Report on sanitation, dispensaries, and jails in Rajputana for 1918, and on vaccination for the year 1918-1919 - 1918-1919
Year: 1918
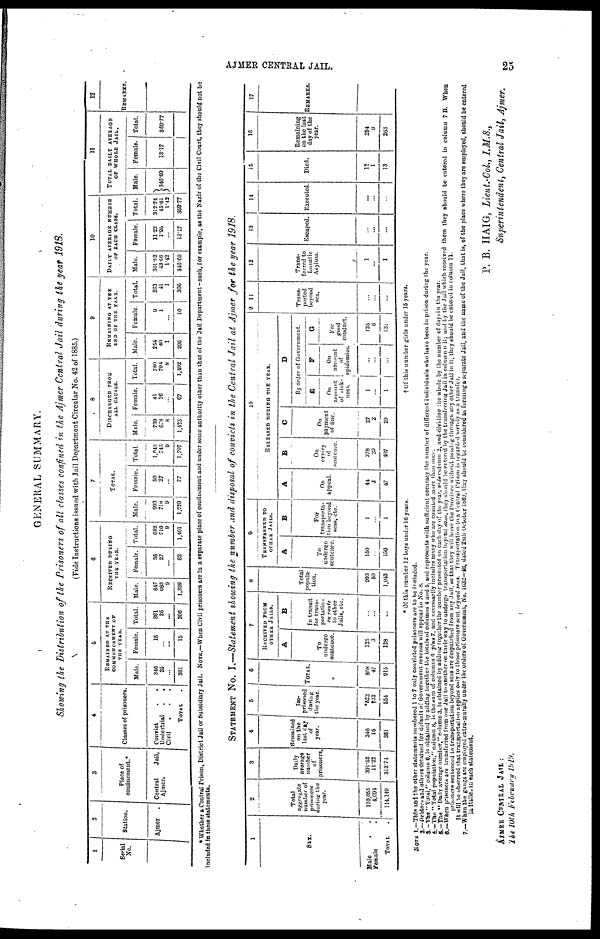
AJMER CENTRAL JAIL.
25
GENERAL SUMMARY.
Showing the Distribution of the Prisoners of all classes confined in the Ajmer Central Jail during the year 1918.
(Vide Instructions issued with Jail Department Circular No. 42 of 1885.)
1
Serial
No.
2
Station.
Ajmer .
3
Place of
confinement.*
Central
Jail,
Ajmer.
4
Classes of prisoners.
Convict
..
Undertrial
..
Civil ...
TOTAL .
5
REMAINED AT THE
COMMENCEMENT OF
THE YEAR.
Male.
346
35
...
381
Female.
15
... ...
15
Total.
361
35
...
396
6
RECEIVED DURING
THE YEAR.
Male.
647
683
9
1,339
Female.
35
27
...
62
Total.
682
710
9
1,401
7
TOTAL.
Male.
993
718
9
1,720
Female.
50
27
...
77
Total.
1,043
745
9
1,797
8
DISCHARGED FROM
ALL CAUSES.
Male.
739
678
8
1,425
Female.
41
26
...
67
Total.
780
704
8
1,492
9
REMAINING AT THE
END OF THE YEAR.
Male.
254
40
1
295
Female.
9
1
...
10
Total.
263
41
1
305
10
DAILY AVERAGE NUMBER
OF EACH CLASS.
Male.
301.52
43.66
1.42
346.60
Female.
11.22
1.95
...
13.17
Total.
312.74
45.61
1.42
359.77
11
TOTAL DAILY AVERAGE
OF WHOLE JAIL.
Male.
346.60
Female.
13.17
Total.
359.77
12
REMARKS.
* Whether a Central Prison, District Jail or Subsidiary Jail. NOTE.—When Civil prisoners are in a separate place of confinement and under some authority other than that of the Jail Department-such, for example, as the Nazir of the Civil Court, they should not be
included in these statements.
STATEMENT No. I.—Statement showing the number and disposal of convicts in the Central Jail at Ajmer for the year 1918.
1
SEX.
Male ..
Female
.
TOTAL .
2
Total
aggregate
number of
prisoners
during the
year.
110,055
4,094
114,149
3
Daily
average
number
of
prisoners.
301.52
11.22
312.74
4
Remained
on the
last day
of
year.
346
15
361
5
Im¬
prisoned
during
the year.
*522
†32
554
6
TOTAL.
868
47
915
7
RECEIVED FROM
OTHER JAILS.
A
To
undergo
sentence.
125
3
128
B
In transit
for trans-
portation
en route
to other
Jails, etc.
...
...
...
8
Total
popula-
tion.
993
50
1,043
9
TRANSFERRED TO
OTHER JAILS.
A
To
undergo
sentence.
150
...
150
B
For
transporta¬
tion beyond
seas, etc.
1
...
1
10
RELEASED DURING THE YEAR.
A
On
appeal.
44
3
47
B
On
expiry
of
sentence.
378
29
407
C
On
payment
of fine.
27
2
29
D
By order of Government.
E
On
account
of sick-
ness.
1
...
1
F
On
account
of
epidemics.
...
...
...
G
For
good
conduct.
125
6
131
11
Trans-
ported
beyond
sea.
...
...
...
12
Trans-
ferred to
Lunatic
Asylum.
1
...
1
13
Escaped.
...
...
...
14
Executed.
...
...
...
15
Died.
12
1
13
16
Remaining
on the last
day of the
year.
254
9
263
17
REMARKS.
* Of this number 12 boys under 16 years.
† Of this number girls under 15 years.
NOTE 1.—This and the other statements numbered 1 to 7 only convicted prisoners are to be included.
2.— Debtors and others detained for default of Government revenue will appear in No. 8.
3. —The " Total," column 6, is obtained by adding together the totals of Columns 4 and 5, and represents with sufficient accuracy the number of different individuals who have been in prison during the year.
4.—The "Total population," column 8, is the sum of columns 6 plus 7, and necessarily includes many who are counted more than once.
5.—The " Daily average number," column 3. is obtained by adding together the number presented on each day of the year, vide column 2, and dividing the whole by the number of days in the year.
6.—When prisoners are transferred from one Jail to another on their way to undergo transportation beyond seas, they should be entered by the transferring Jail in column 6 B; and by the Jail which received them they should be entered in column 7 B. When
prisoners sentenced to transportation beyond seas are despatched from any Jail, so that they will leave the Province without passing through any other Jail in it, they should be entered in column 11.
It will be observed that transportation applies only to those prisoners sent beyond seas. Transportation to a General Prison is regarded merely as a transfer.
7.—When the gangs arc employed extra-murally under the orders of Government, No. 1632— 46, dated 28th October 18639, they should be considered as forming a separate Jail, and the name of the Jail, that is, of the place where they are employed, should be entered
in italic in each statement.
P. B. HAIG, Lieut.-Col., I.M.S.,
Superintendent, Central Jail, Ajmer.
AJMER CENTRAL JAIL :
The 10th February 1919.